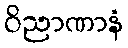
ဝိညာဏာနံ